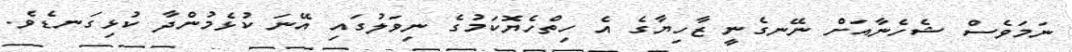
ނަމަވެސް ޝެހެނާއަށް ނޭނގެނީ ޒާހިޔާގެ އެ ހިތްހެޔޮކަމުގެ ނިވަލުގައި އޭނަ ކުޅެމުންދާ ކުޅިގަނޑެވެ.